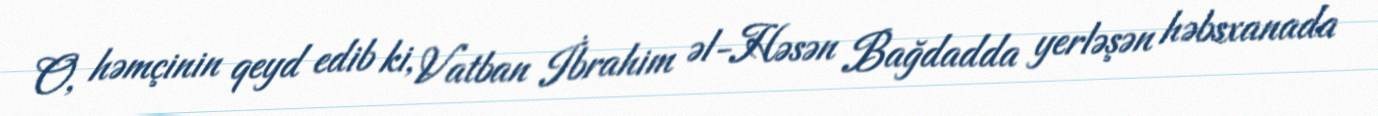
O, həmçinin qeyd edib ki, Vatban İbrahim əl-Həsən Bağdadda yerləşən həbsxanada